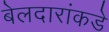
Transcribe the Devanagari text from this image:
बेलदारांकडे